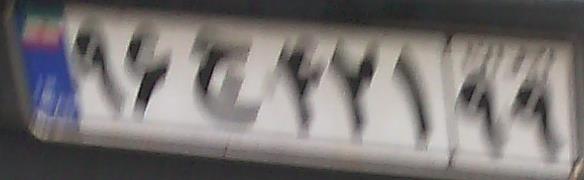
۹۶ج۴۲۱۹۹